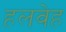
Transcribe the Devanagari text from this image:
हलवेह